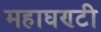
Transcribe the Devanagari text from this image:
महाघण्टी